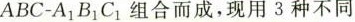
ABC-A_{1}B_{1}C_{1 }组合而成，现用3种不同